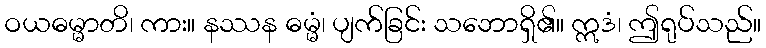
ဝယဓမ္မာတိ၊ ကား။ နဿန ဓမ္မံ၊ ပျက်ခြင်း သဘောရှိ၏။ ဣဒံ၊ ဤရုပ်သည်။